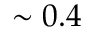
\sim 0 . 4